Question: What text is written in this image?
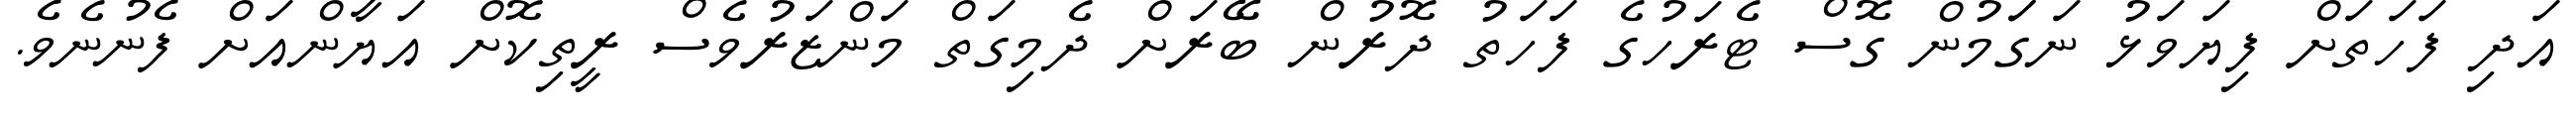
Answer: އަދި ފަހަތަށް ފިޔަވަޅު ނަގަަމުން ގޮސް ޓެރަހުގެ ފަހަތު ދޮރުން ބޭރަށް ދެމިގަތް މަންޒަރުވެސް ރީތިކޮށް އަޔާންއަށް ފެނުނެވެ.